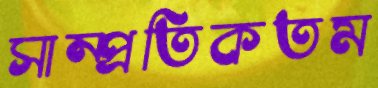
সাম্প্রতিকতম